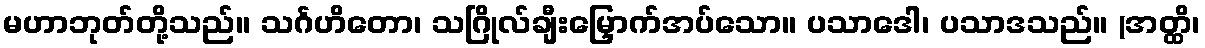
မဟာဘုတ်တို့သည်။ သင်္ဂဟိတော၊ သဂြိုလ်ချီးမြှောက်အပ်သော။ ပသာဒေါ၊ ပသာဒသည်။ (အတ္ထိ၊